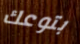
بتوعك